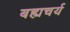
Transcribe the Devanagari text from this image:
बह्यचर्य